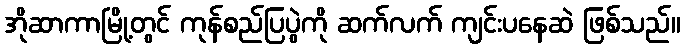
အိုဆာကာမြို့တွင် ကုန်စည်ပြပွဲကို ဆက်လက် ကျင်းပနေဆဲ ဖြစ်သည်။